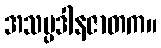
အသမ္ပဒါနဇာတက။